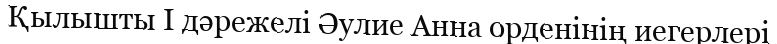
Қылышты I дәрежелі Әулие Анна орденінің иегерлері